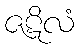
ဇဋိလံ